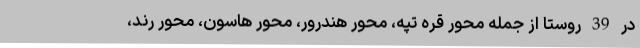
در 39 روستا از جمله محور قره تپه، محور هندرور، محور هاسون، محور رند،